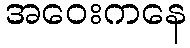
အဝေးကနေ